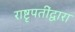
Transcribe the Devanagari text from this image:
राष्टृपतींद्वारा